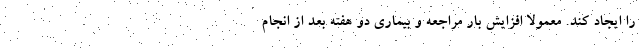
را ایجاد کند. معمولا افزایش بار مراجعه و بیماری دو هفته بعد از انجام